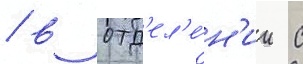
/ в отд'ел'е́н'ии с